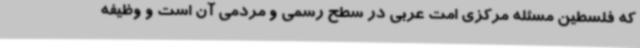
که فلسطین مسئله مرکزی امت عربی در سطح رسمی و مردمی آن است و وظیفه